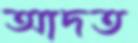
আদত